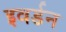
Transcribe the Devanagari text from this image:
इवर्डन